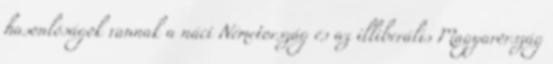
hasonlóságok vannak a náci Németország és az illiberális Magyarország